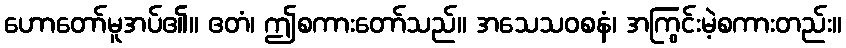
ဟောတော်မူအပ်၏။ ဧတံ၊ ဤစကားတော်သည်။ အသေသဝစနံ၊ အကြွင်းမဲ့စကားတည်း။